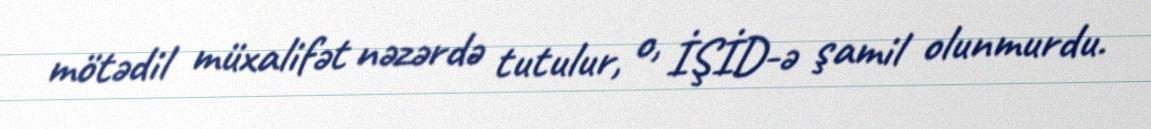
mötədil müxalifət nəzərdə tutulur, o, İŞİD-ə şamil olunmurdu.